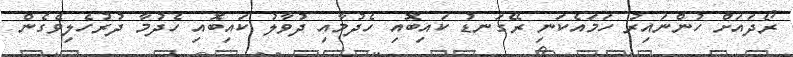
ރޯދައަށް ހުންނައިރު ހަމައެކަނި ރޭގަނޑު ކައިބޮއި ހެދުމާއި ދުވާލު ކައިބޮއި ހެދުމާ ދުރުހެލިވެގެން